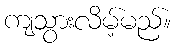
ကျသွားလိမ့်မည်။